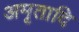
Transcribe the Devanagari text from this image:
अमृतादि